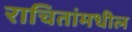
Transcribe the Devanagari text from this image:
राचितांमधील